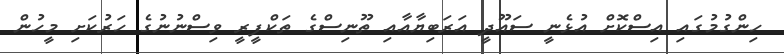
ހިންގުމުގައި އިސްކޮށް އުޅެނީ ސައޫދީ އަރަބިޔާއާއި ތޫނިސްގެ ތަކްފީރީ ވިސްނުނުގެ ހަރުކަށި މީހުން